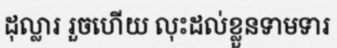
ដុល្លារ រួចហើយ លុះដល់ខ្លួនទាមទារ